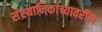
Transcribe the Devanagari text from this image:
संस्थानिकांच्यावरील